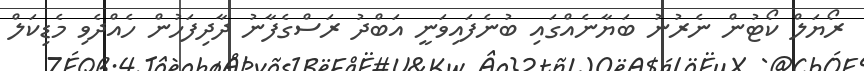
ރޯޔަލް ކޯޓުން ނެރުނު ބަޔާނެއްގައި ބުނެފައިވަނީ އަބްދު ރަސްގެފާނު ދާދިފަހުން ހެއްދެވި މެޑިކަލް